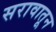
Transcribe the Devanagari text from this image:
सरावातून